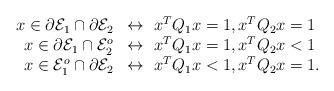
LaTeX: \begin{align*}\begin{array}{rl}x\in\partial \mathcal{E}_1\cap \partial \mathcal{E}_2 &\leftrightarrow~x^TQ_1x=1, x^TQ_2x=1\\x\in\partial \mathcal{E}_1\cap \mathcal{E}_2^o &\leftrightarrow~ x^TQ_1x=1, x^TQ_2x<1\\x\in \mathcal{E}_1^o\cap \partial \mathcal{E}_2&\leftrightarrow~ x^TQ_1x<1, x^TQ_2x=1.\end{array}\end{align*}